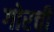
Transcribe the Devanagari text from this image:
गोरची